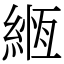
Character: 緪